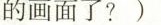
的画面了?)